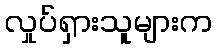
လှုပ်ရှားသူများက